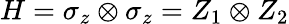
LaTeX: H=\sigma_{z}\otimes\sigma_{z}=Z_{1}\otimes Z_{2}